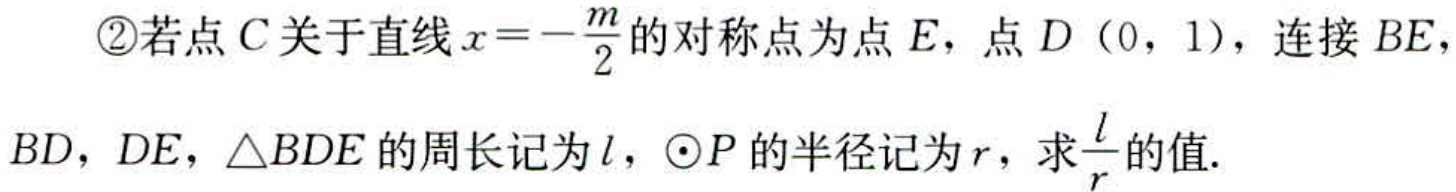
\textcircled{2}若点\(C\)关于直线\(x = -\frac{m}{2}\)的对称点为点\(E\)，点\(D(0,1)\)，连接\(BE\)，\(BD\)，\(DE\)，\(\triangle BDE\)的周长记为\(l\)，\(\odot P\)的半径记为\(r\)，求\(\frac{l}{r}\)的值.